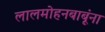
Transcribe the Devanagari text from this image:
लालमोहनबाबूंना